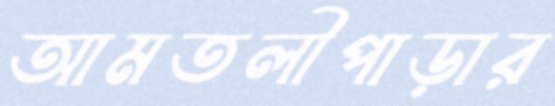
আমতলীপাড়ার